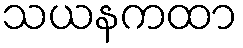
သယနကထာ